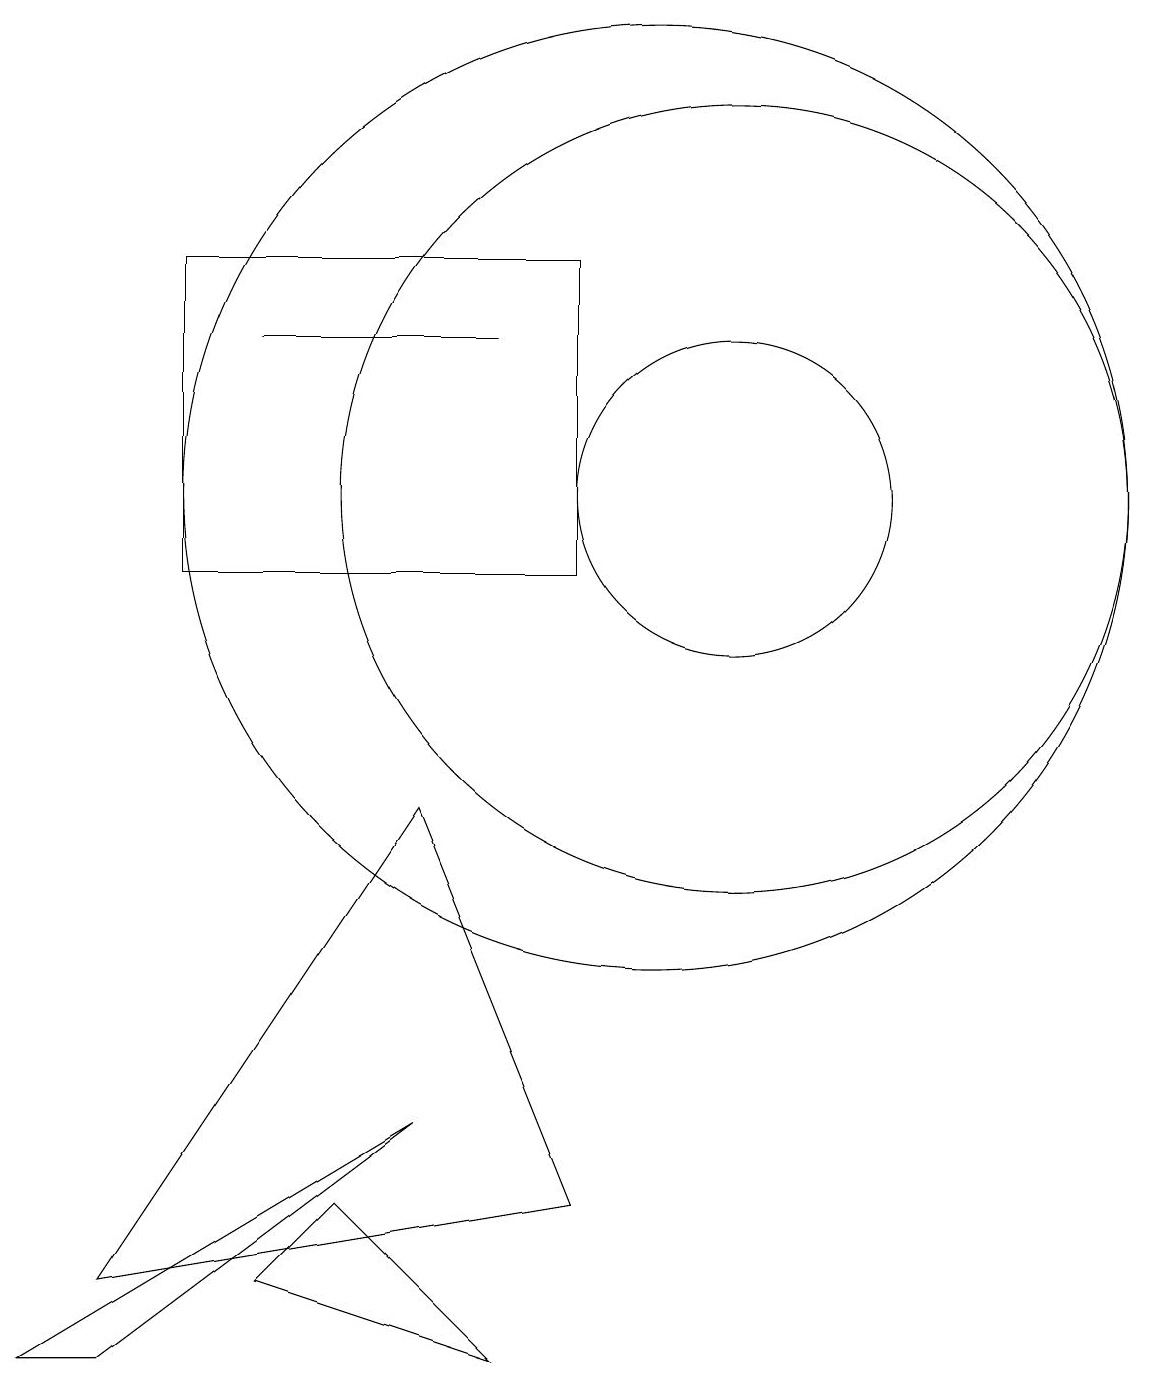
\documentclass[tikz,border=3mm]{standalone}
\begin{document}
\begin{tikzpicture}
\draw (3,0) -- (7,3) -- (2,0) -- cycle;
\draw (11,11) circle (5);
\draw (8,0) -- (6,2) -- (5,1) -- cycle;
\draw (10,11) circle (6);
\draw (5,13) rectangle (8,13);
\draw (11,11) circle (2);
\draw (9,14) rectangle (4,10);
\draw (9,2) -- (3,1) -- (7,7) -- cycle;
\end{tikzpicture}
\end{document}